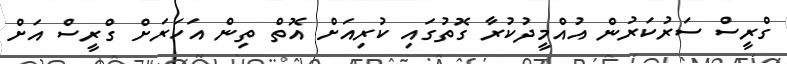
ގްރީސް ސަރުކަރުން އުއްމީދުކުރާ ގޮތުގައި ކުރިއަށް އޮތް ތިން އަހަރަށް ގްރީސް އަށް